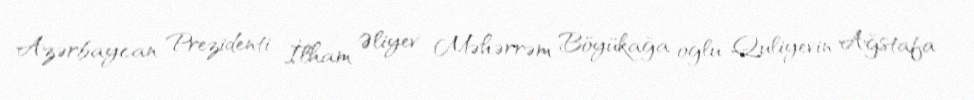
Azərbaycan Prezidenti İlham Əliyev Məhərrəm Böyükağa oğlu Quliyevin Ağstafa